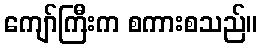
ကျော်ကြီးက စကားစသည်။